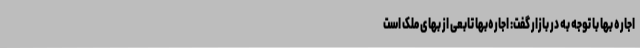
اجاره بها با توجه به در بازار گفت: اجاره‌بها تابعی از بهای ملک است